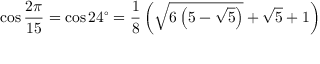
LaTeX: \cos { \frac { 2 \pi } { 1 5 } } = \cos 2 4 ^ { \circ } = { \frac { 1 } { 8 } } \left( { \sqrt { 6 \left( 5 - { \sqrt { 5 } } \right) } } + { \sqrt { 5 } } + 1 \right)